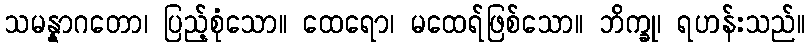
သမန္နာဂတော၊ ပြည့်စုံသော။ ထေရော၊ မထေရ်ဖြစ်သော။ ဘိက္ခု၊ ရဟန်းသည်။